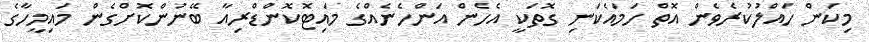
މިކަން ހައްލުކުރެވެން އޮތް ހަމައެކަނި ގޮތަކީ އެހެން އަންހެނެއްގެ މައިޓޮކޮންޑްރިއާ ބޭނުންކޮށްގެން މައިމީހާގެ